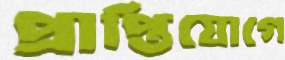
প্রাপ্তিযোগে